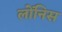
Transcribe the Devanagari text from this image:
लोंनिस